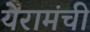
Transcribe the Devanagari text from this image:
येरामंची